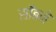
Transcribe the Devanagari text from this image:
साँबने